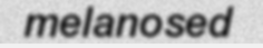
melanosed